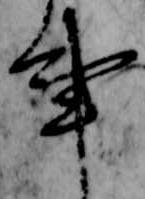
事